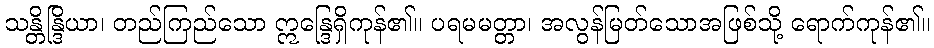
သန္တိန္ဒြိယာ၊ တည်ကြည်သော ဣန္ဒြေရှိကုန်၏။ ပရမမတ္တာ၊ အလွန်မြတ်သောအဖြစ်သို့ ရောက်ကုန်၏။